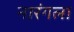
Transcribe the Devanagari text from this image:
नारंगला